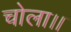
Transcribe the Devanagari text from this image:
चोला।।